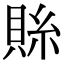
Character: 𮚄